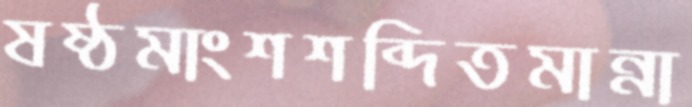
ষষ্ঠমাংশশব্দিতমান্না